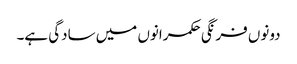
دونوں فرنگی حکمرانوں میں سادگی ہے۔